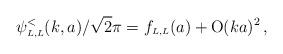
LaTeX: \begin{align*}\psi_{\scriptscriptstyle{L, L}}^<(k,a)/\sqrt 2 \pi=f_{\scriptscriptstyle{L, L}}(a) + \mbox{O}(ka)^2\,,\end{align*}